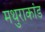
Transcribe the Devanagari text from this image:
मथुराकांड